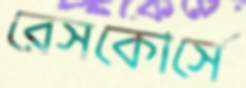
রেসকোর্সে